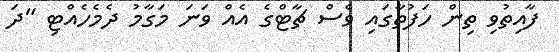
ފާއިތުވި ތިން ހަފުތާގައި ވެސް ޗާޓްގެ އެއް ވަނަ މަގާމު ދެމެހެއްޓި "ދަ